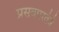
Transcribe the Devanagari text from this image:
प्रसवपरतंत्रं